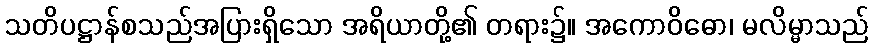
သတိပဋ္ဌာန်စသည်အပြားရှိသော အရိယာတို့၏ တရား၌။ အကောဝိဓော၊ မလိမ္မာသည်